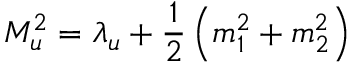
M _ { u } ^ { 2 } = \lambda _ { u } + \frac { 1 } { 2 } \left( m _ { 1 } ^ { 2 } + m _ { 2 } ^ { 2 } \right)